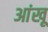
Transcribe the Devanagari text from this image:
आंखू